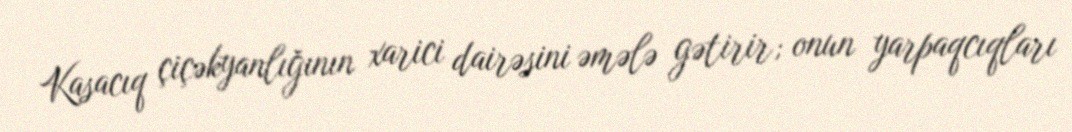
Kasacıq çiçəkyanlığının xarici dairəsini əmələ gətirir; onun yarpaqcıqları